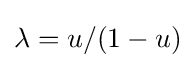
\lambda =u/(1-u)